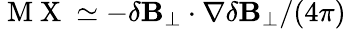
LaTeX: \mathrm{~M~X~}\simeq-\delta\mathbf{B}_{\perp}\cdot\nabla\delta\mathbf{B}_{\perp}/(4\pi)